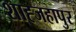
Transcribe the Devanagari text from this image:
शाह्जहापुर